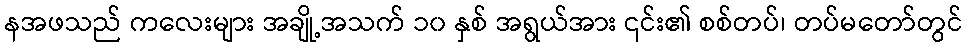
နအဖသည် ကလေးများ အချို့အသက် ၁၀ နှစ် အရွယ်အား ၎င်း၏ စစ်တပ်၊ တပ်မတော်တွင်